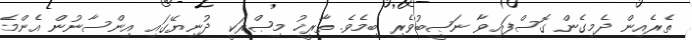
ތެރެއިން ދެމިގެން ގޮސްފައިވާ ނަޞީބުވެރި ބިމެވެ. ތާރީޚު މިޞްރަކީ ދުނިޔޭގައި އިންސާނުން އެންމެ